Report of an investigation of the epidemic of malarial fever in Assam, or, kala-azar
Disease focus: Malaria
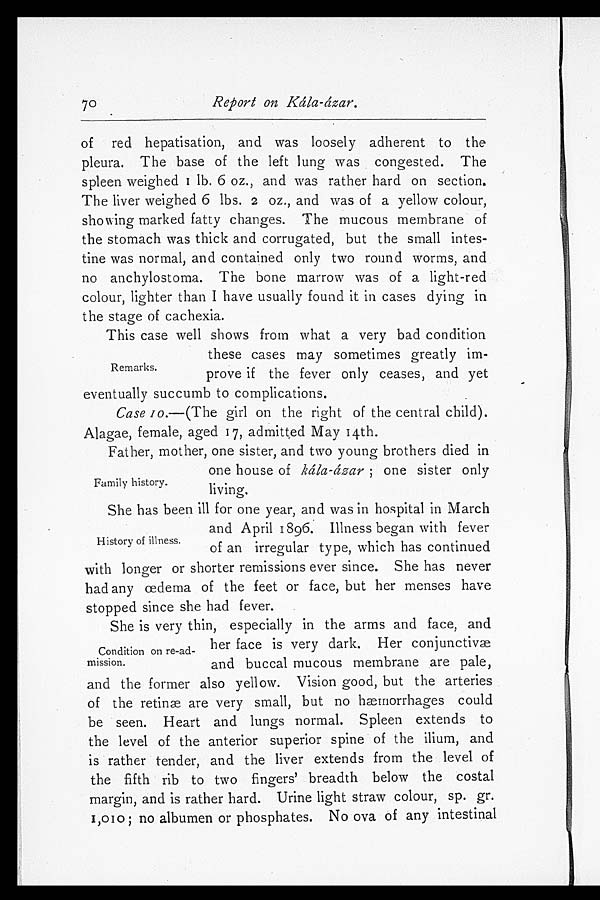
70
Report on Kála- ázar.
of red hepatisation, and was loosely adherent to the
pleura. The base of the left lung was congested. The
s pl een wei ghed 1 l b. 6 oz. , and was r at her har d on s ect i on.
The liver weighed 6 lbs. 2 oz., and was of a yellow colour,
showing marked fatty changes. The mucous membrane of
the stomach was thick and corrugated, but the small intes
- t i n e w a s n o r m a l , a n d c o n t a i n e d o n l y t w o r o u n d w o r m s , a n d
no anchylostoma. The bone marrow was of a light-red
colour, lighter than I have usually found it in cases dying in
the stage of cachexia.
This case well shows from what a very bad condition
these cases may sometimes greatly im-
prove if the fever only ceases, and yet
eventually succumb to complications.
Case 10.—(The girl on the right of the central child).
Alagae, female, aged 17, admitted May 14th.
Father, mother, one sister, and two young brothers died in
one house of k á l a - á z a r
o n e s i s t e r o n l y
living.
She has been ill for one year, and was in hospital in March
and April 1896. Illness began with fever
of an irregular type, which has continued
with longer or shorter remissions ever since. She has never
had any œdema of the feet or face, but her menses have
stopped since she had fever.
She is very thin, especially in the arms and face, and
her face is very dark. Her conjunctivæ
and buccal mucous membrane are pale,
and the former also yellow. Vision good, but the arteries
of the retina are very small, but no hæmorrhages could
be seen. Heart and lungs normal. Spleen extends to
the level of the anterior superior spine of the ilium, and
is rather tender, and the liver extends from the level of
the fifth rib to two fingers' breadth below the costal
margin, and is rather hard. Urine light straw colour, sp. gr.
1,010;no albumen or phosphates. No ova of any intestinal
Remarks.
Family history.
History of illness.
Condition on re-ad
-mission.